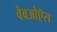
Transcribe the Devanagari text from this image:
वेबओऍस